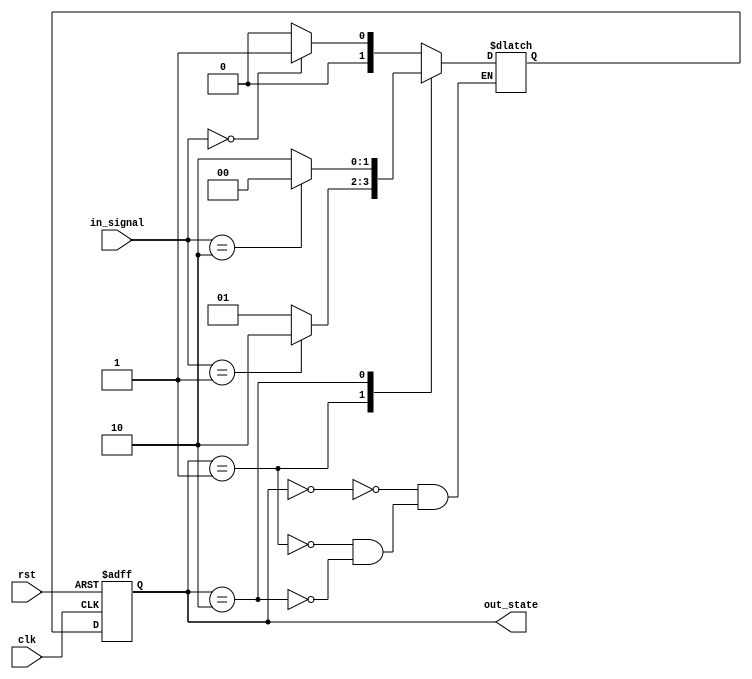
module state_machine (
    input wire clk,
    input wire rst,
    input wire [1:0] in_signal,
    output reg [1:0] out_state
);

// Define finite set of states
parameter STATE_0 = 2'b00;
parameter STATE_1 = 2'b01;
parameter STATE_2 = 2'b10;

// Define state encoding
reg [1:0] current_state, next_state;

// Sequential logic for state machine
always @(posedge clk or posedge rst) begin
    if (rst) begin
        current_state <= STATE_0;
    end else begin
        current_state <= next_state;
    end
end

// Determine transitions based on input signals
always @* begin
    case (current_state)
        STATE_0: begin
            if (in_signal == 2'b00) begin
                next_state = STATE_1;
            end else begin
                next_state = STATE_0;
            end
        end
        STATE_1: begin
            if (in_signal == 2'b01) begin
                next_state = STATE_2;
            end else begin
                next_state = STATE_1;
            end
        end
        STATE_2: begin
            if (in_signal == 2'b10) begin
                next_state = STATE_0;
            end else begin
                next_state = STATE_2;
            end
        end
    endcase
end

// Output current state
always @* begin
    out_state = current_state;
end

endmodule